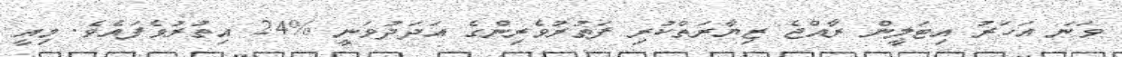
ވަނަ އަހަރު އިޓަލީން ރާއްޖެ ޒިޔާރަތްކުރި ފަތުރުވެރިންގެ އަދަދުވަނީ %24 އިތުރުވެފައެވެ. މިއީ